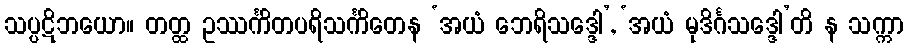
သပ္ပဋိဘယော။ တတ္ထ ဥဿင်္ကိတပရိသင်္ကိတေန ‘အယံ ဘေရိသဒ္ဒေါ’, ‘အယံ မုဒိင်္ဂသဒ္ဒေါ’တိ န သက္ကာ